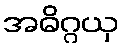
အဓိဂ္ဂယှ